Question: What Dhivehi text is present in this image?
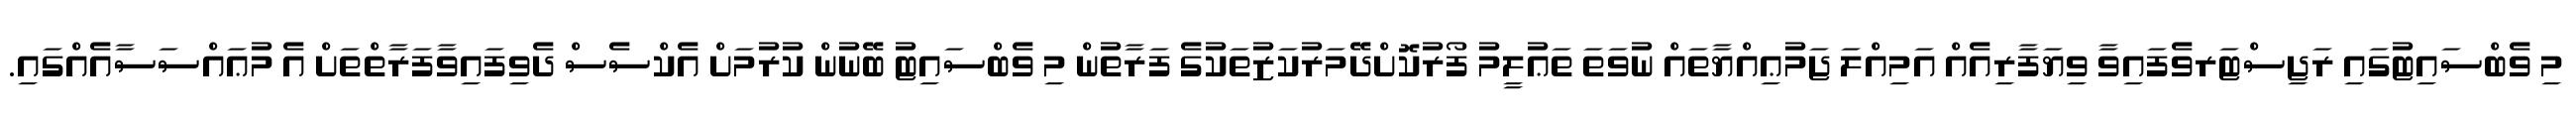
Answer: މި ވެބްސައިޓުގައި ރަޖިސްޓަރވެފައިވާ ވިޔަފާރިއެއް އަމިއްލަ ޖަމުޢިއްޔާތައް ނުވަތަ ތަޢުލީމު ފޯރުކޮށްދޭމަރުކަޒުތަކުގެ ފަރާތުން މި ވެބްސައިޓު ބޭނުން ކުރުމަށް އެކްސެސް ދެވިފައިވާފަރާތްތަށް އެ މުޢައްސަސާއެއްގައި.